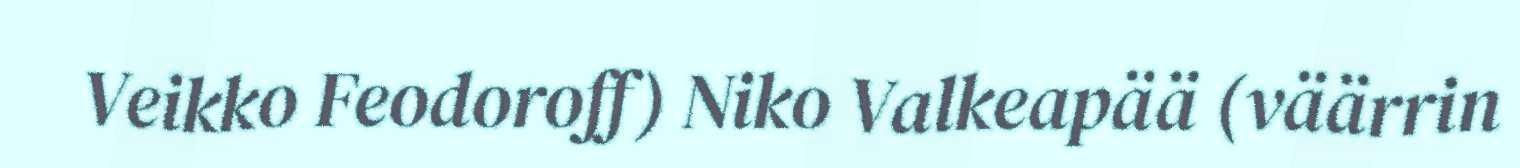
Veikko Feodoroff) Niko Valkeapää (väärrin